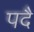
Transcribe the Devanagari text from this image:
पदै